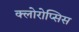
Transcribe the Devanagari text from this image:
क्लोरोप्सिस